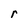
Character: r